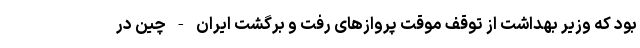
بود که وزیر بهداشت از توقف موقت پروازهای رفت و برگشت ایران - چین در